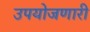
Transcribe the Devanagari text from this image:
उपयोजणारी